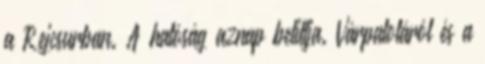
a Rejcsurban. A hatóság aznap betiltja. Várpalotáról és a